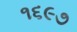
૧૬૯૭